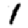
Digit: 1